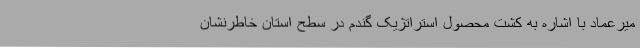
میرعماد با اشاره به کشت محصول استراتژیک گندم در سطح استان خاطرنشان